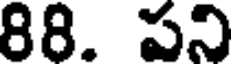
88. పని